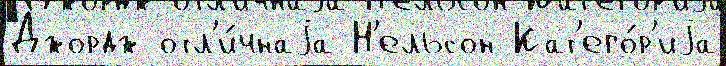
Джордж отл'и́чнаjа Н'ельсон Кат'его́р'иjа